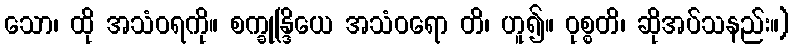
သော၊ ထို အသံဝရကို။ စက္ခုန္ဒြိယေ အသံဝရော တိ၊ ဟူ၍။ ဝုစ္စတိ၊ ဆိုအပ်သနည်း။)